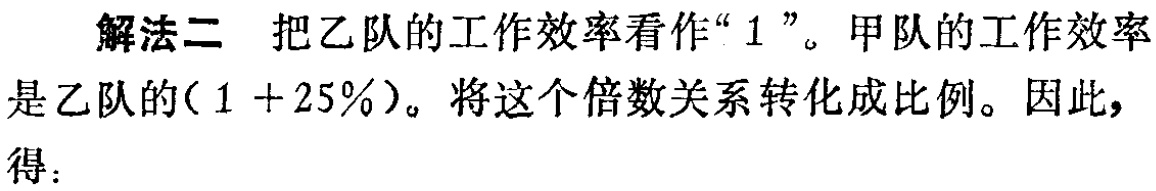
解法二 把乙队的工作效率看作“$1$”。甲队的工作效率是乙队的$(1 + 25\%)$。将这个倍数关系转化成比例。因此，得：